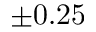
\pm 0 . 2 5